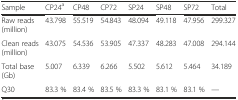
<table><thead><tr><td><b>Sample</b></td><td><b>CP24<sup>a</sup></b></td><td><b>CP48</b></td><td><b>CP72</b></td><td><b>SP24</b></td><td><b>SP48</b></td><td><b>SP72</b></td><td><b>Total</b></td></tr></thead><tbody><tr><td>Raw reads (million)</td><td>43.798</td><td>55.519</td><td>54.843</td><td>48.094</td><td>49.118</td><td>47.956</td><td>299.327</td></tr><tr><td>Clean reads (million)</td><td>43.075</td><td>54.536</td><td>53.905</td><td>47.337</td><td>48.283</td><td>47.008</td><td>294.144</td></tr><tr><td>Total base (Gb)</td><td>5.007</td><td>6.339</td><td>6.266</td><td>5.502</td><td>5.612</td><td>5.464</td><td>34.189</td></tr><tr><td>Q30</td><td>83.3 %</td><td>83.4 %</td><td>83.5 %</td><td>83.3 %</td><td>83.1 %</td><td>83.1 %</td><td>—</td></tr></tbody></table>